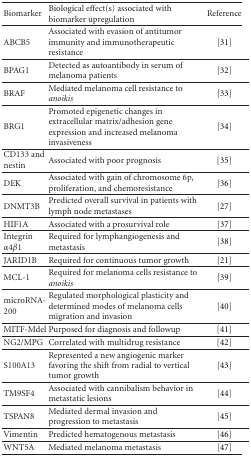
| Biomarker | Biological effect(s) associated with biomarker upregulation | Reference |
 | --- | --- | --- |
 | ABCB5 | Associated with evasion of antitumor immunity and immunotherapeutic resistance | [31] |
 | BPAG1 | Detected as autoantibody in serum of melanoma patients | [32] |
 | BRAF | Mediated melanoma cell resistance to anoikis | [33] |
 | BRG1 | Promoted epigenetic changes in extracellular matrix/adhesion gene expression and increased melanoma invasiveness | [34] |
 | CD133 and nestin | Associated with poor prognosis | [35] |
 | DEK | Associated with gain of chromosome 6p, proliferation, and chemoresistance | [36] |
 | DNMT3B | Predicted overall survival in patients with lymph node metastases | [27] |
 | HIF1A | Associated with a prosurvival role | [37] |
 | Integrin α4β1 | Required for lymphangiogenesis and metastasis | [38] |
 | JARID1B | Required for continuous tumor growth | [21] |
 | MCL-1 | Required for melanoma cells resistance to anoikis | [39] |
 | microRNA-200 | Regulated morphological plasticity and determined modes of melanoma cells migration and invasion | [40] |
 | MITF-Mdel | Purposed for diagnosis and followup | [41] |
 | NG2/MPG | Correlated with multidrug resistance | [42] |
 | S100A13 | Represented a new angiogenic marker favoring the shift from radial to vertical tumor growth | [43] |
 | TM9SF4 | Associated with cannibalism behavior in metastatic lesions | [44] |
 | TSPAN8 | Mediated dermal invasion and progression to metastasis | [45] |
 | Vimentin | Predicted hematogenous metastasis | [46] |
 | WNT5A | Mediated melanoma metastasis | [47] |